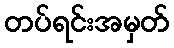
တပ်ရင်းအမှတ်